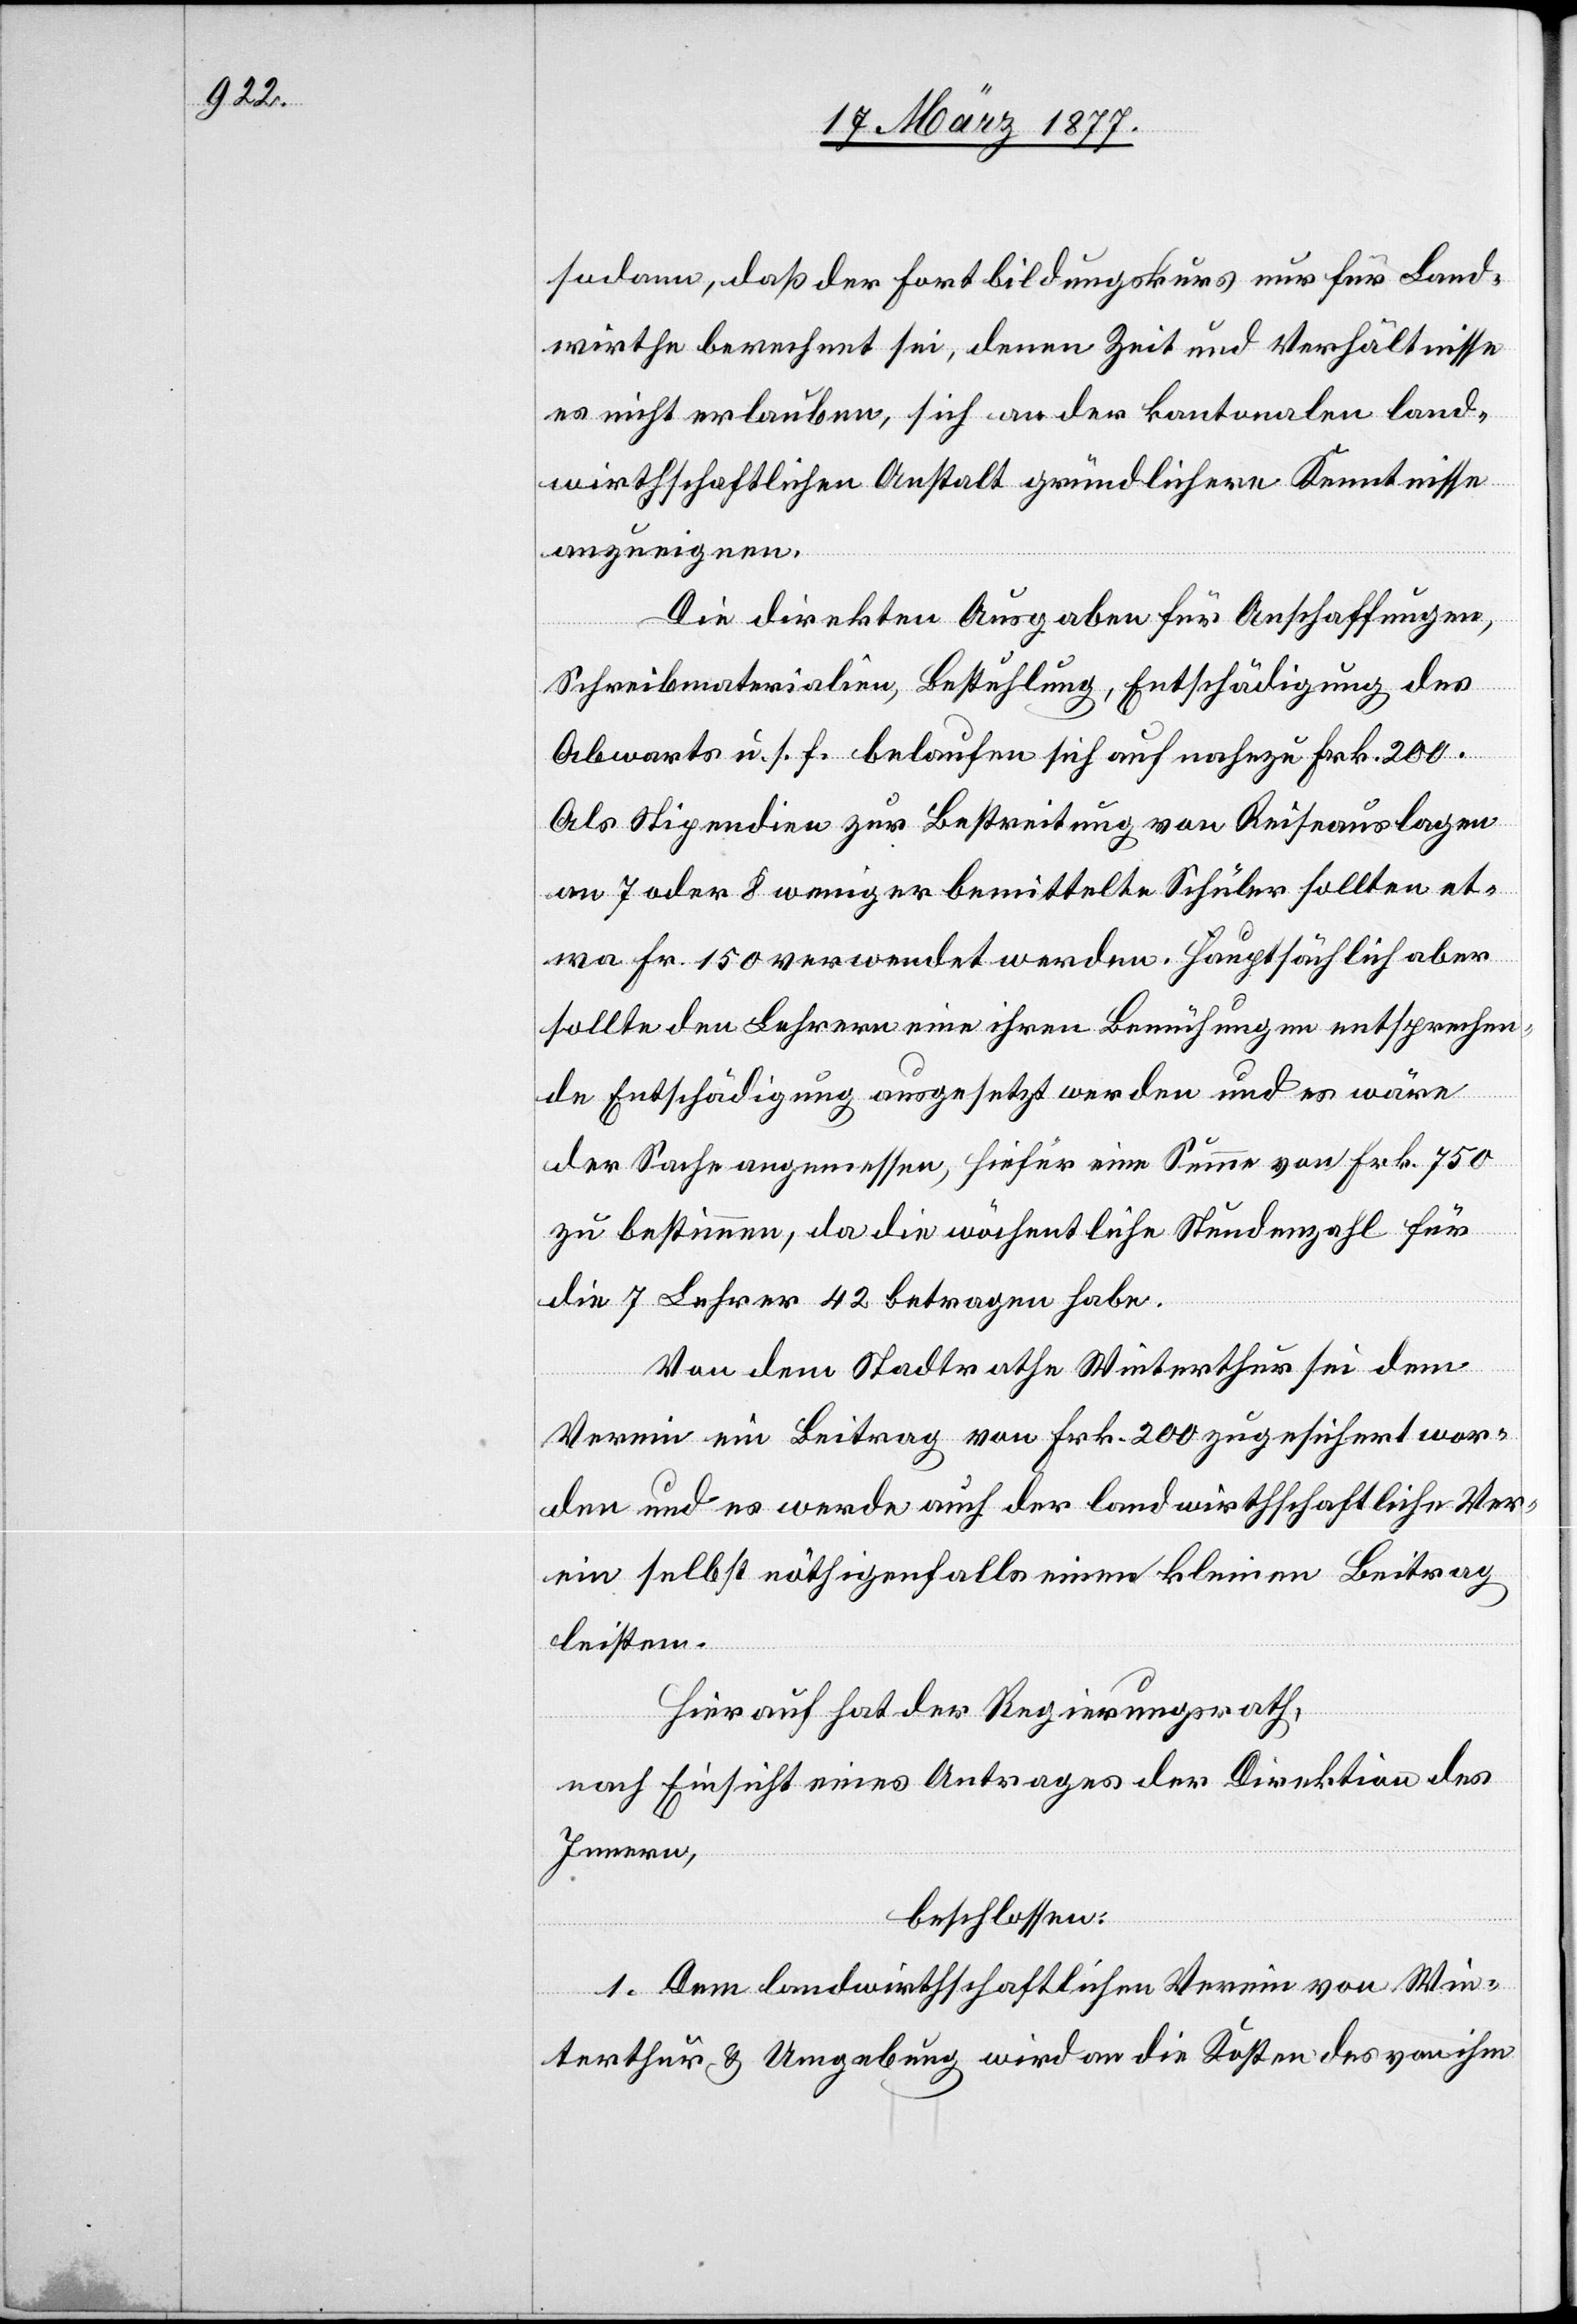
sodann, daß der Fortbildungskurs nur für Land¬
wirthe berechnet sei, denen Zeit und Verhältnisse
es nicht erlauben, sich an der kantonalen land¬
wirthschaftlichen Anstalt gründlichere Kenntnisse
anzueignen.
Die direkten Ausgaben für Anschaffungen,
Schreibmaterialien, Bestuhlung, Entschädigung des
Abwarts u. s. f. belaufen sich auf nahezu Frk. 200.
Als Stipendien zur Bestreitung von Reiseauslagen
an 7 oder 8 weniger bemittelte Schüler sollten et¬
wa Fr. 150 verwendet werden. Hauptsächlich aber
sollte den Lehrern eine ihren Bemühungen entsprechen¬
de Entschädigung ausgesetzt werden und es wäre
der Sache angemessen, hiefür eine Summe von Frk. 750
zu bestimmen, da die wöchentliche Stundenzahl für
die 7 Lehrer 42 betragen habe.
Von dem Stadtrathe Winterthur sei dem
Verein ein Beitrag von Frk. 200 zugesichert wor¬
den und es werde auch der landwirthschaftliche Ver¬
ein selbst nöthigenfalls einen kleinen Beitrag
leisten.
Hierauf hat der Regierungsrath,
nach Einsicht eines Antrages der Direktion des
Innern,
beschlossen:
1. Dem landwirthschaftlichen Verein von Win¬
terthur & Umgebung wird an die Kosten des von ihm